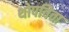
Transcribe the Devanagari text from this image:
थोपविता